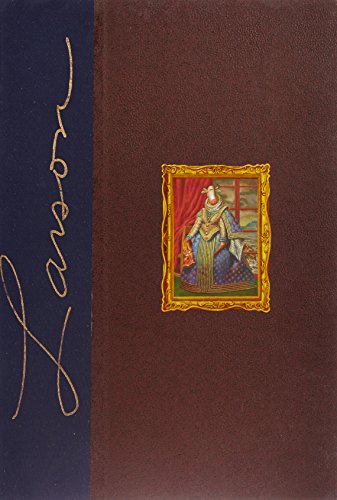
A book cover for The Complete Far Side: 1980-1994; Gary Larson; Comics & Graphic Novels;